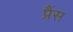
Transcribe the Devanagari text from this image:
प्रैंस